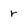
Character: r